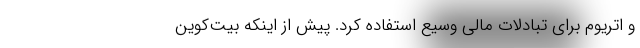
و اتریوم برای تبادلات مالی وسیع استفاده کرد. پیش از اینکه بیت‌کوین